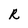
Character: R